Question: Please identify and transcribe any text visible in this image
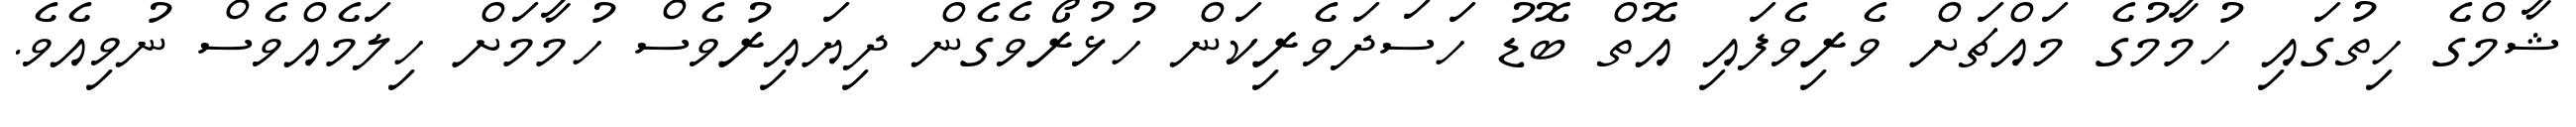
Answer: ޝާމްގެ ހިތުގައި ހުމާމުގެ މައްޗަށް ވެރިވެފައި އޮތް ބޮޑު ހަސަދަވެރިކަން ހުޅުރޯވެގެން ދިޔައިރުވެސް ހުމާމަށް ހިލަމެއްވެސް ނުވިއެވެ.